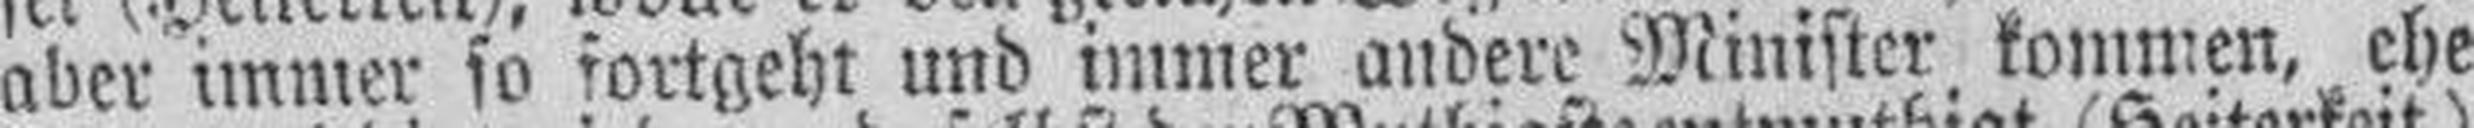
aber immer so fortgeht und immer andere Minister kommen, ehe